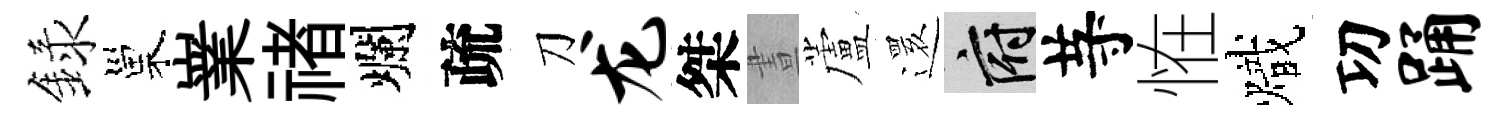
録巢嶪禇爛疏刀龙桀晝蘆𮟃府䒭恠熾㓛踊